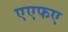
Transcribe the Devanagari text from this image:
एएफए